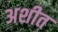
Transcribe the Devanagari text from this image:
अशीत